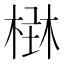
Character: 𣕑